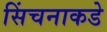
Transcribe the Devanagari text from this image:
सिंचनाकडे